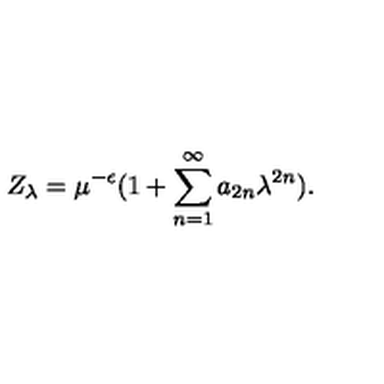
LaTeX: Z _ { \lambda } = \mu ^ { - \epsilon } ( 1 + \sum _ { n = 1 } ^ { \infty } a _ { 2 n } \lambda ^ { 2 n } ) .